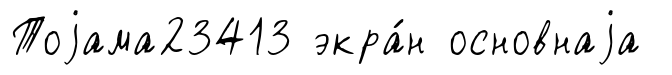
Тоjама23413 экра́н основнаjа